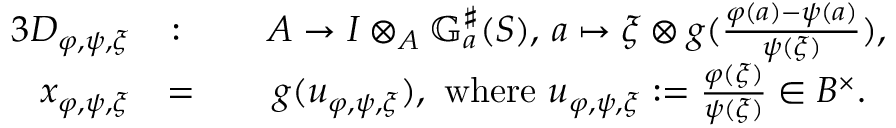
\begin{array} { r l r l } { { 3 } D _ { \varphi , \psi , \xi } } & { \colon } & & { A \to I \otimes _ { A } \mathbb { G } _ { a } ^ { \sharp } ( S ) , \, a \mapsto \xi \otimes g ( \frac { \varphi ( a ) - \psi ( a ) } { \psi ( \xi ) } ) , } \\ { x _ { \varphi , \psi , \xi } } & { = } & & { \, g ( u _ { \varphi , \psi , \xi } ) , \mathrm { ~ w h e r e ~ } u _ { \varphi , \psi , \xi } : = \frac { \varphi ( \xi ) } { \psi ( \xi ) } \in B ^ { \times } . } \end{array}